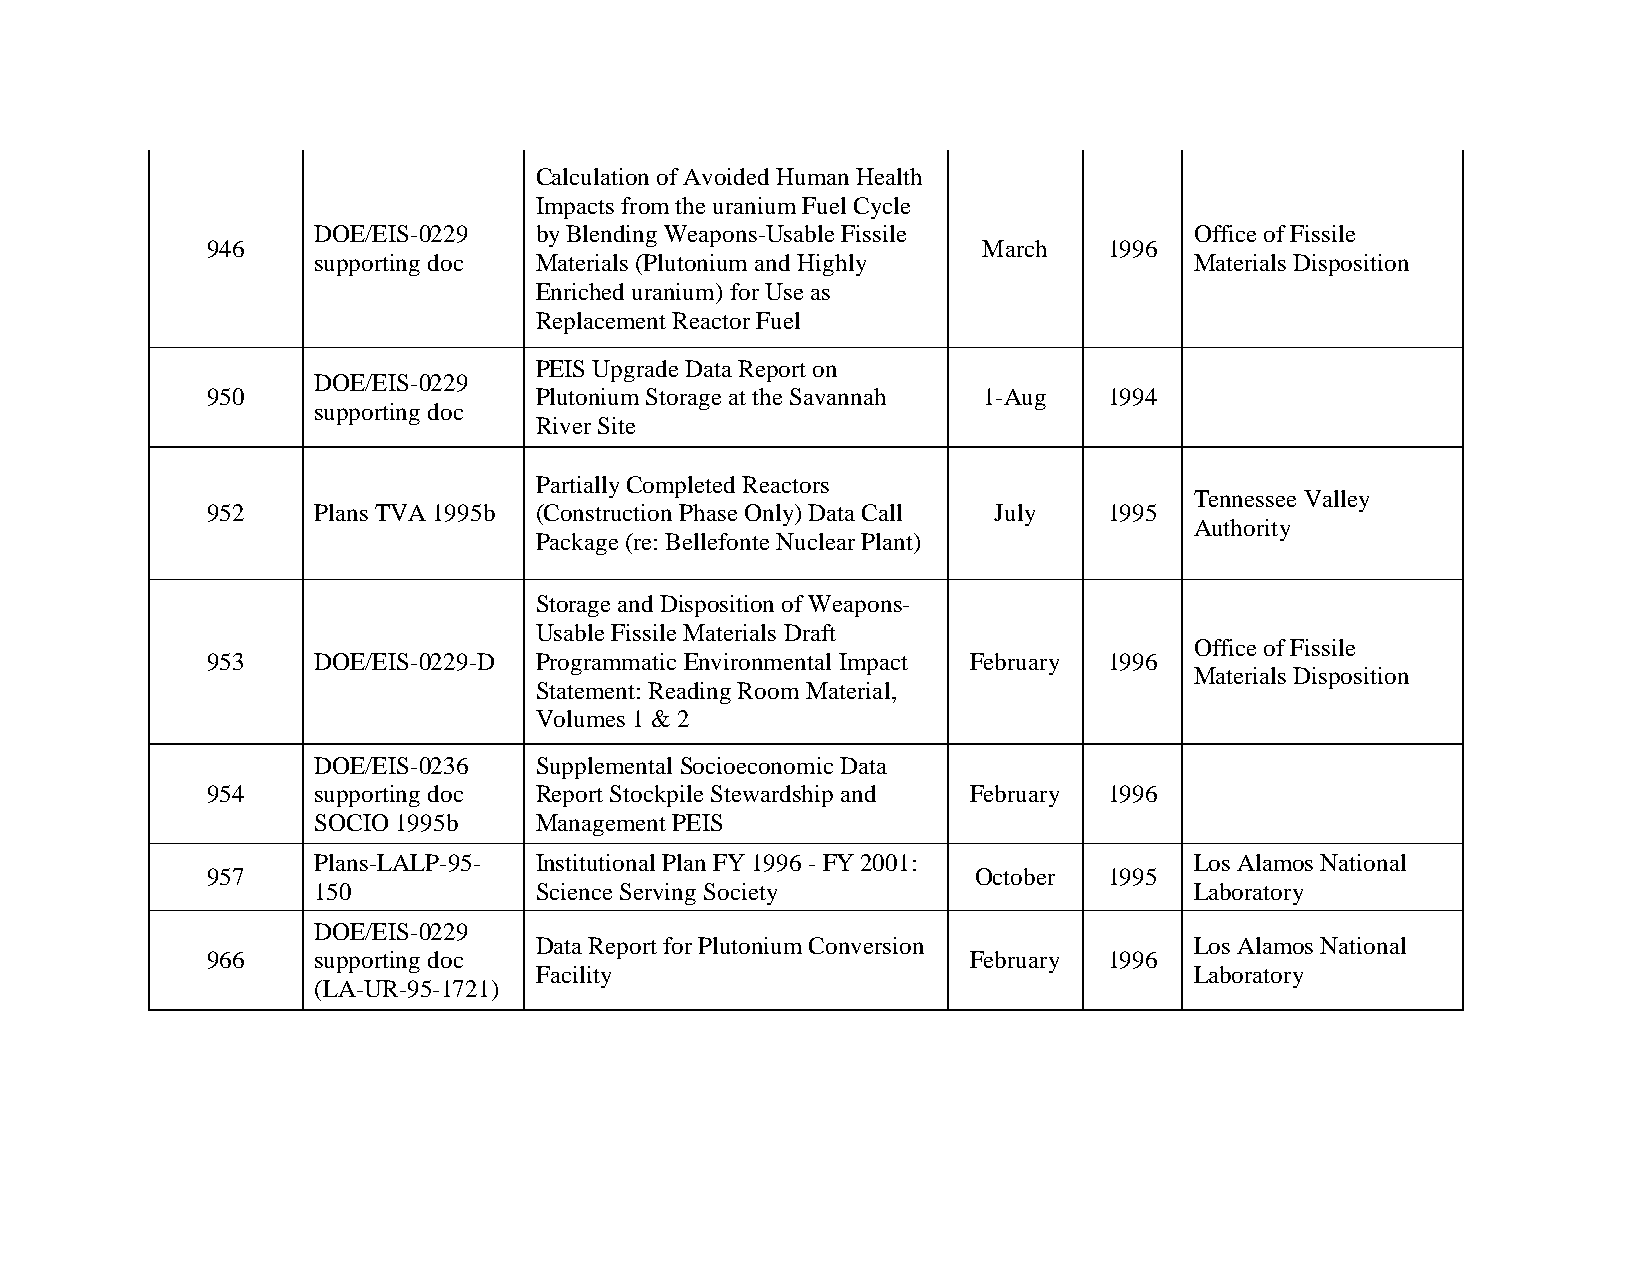
Calculation of Avoided Human Health
 Impacts from the uranium Fuel Cycle
 DOE/EIS-0229  by Blending Weapons-Usable Fissile          Office of Fissile
 946                                                March   1996
 supporting doc Materials (Plutonium and Highly            Materials Disposition
 Enriched uranium) for Use as
 Replacement Reactor Fuel
 PEIS Upgrade Data Report on
 DOE/EIS-0229
 950                  Plutonium Storage at the Savannah 1-Aug 1994
 supporting doc
 River Site
 Partially Completed Reactors
 Tennessee Valley
 952    Plans TVA 1995b (Construction Phase Only) Data Call July 1995
 Authority
 Package (re: Bellefonte Nuclear Plant)
 Storage and Disposition of Weapons-
 Usable Fissile Materials Draft
 Office of Fissile
 953    DOE/EIS-0229-D Programmatic Environmental Impact February 1996
 Materials Disposition
 Statement: Reading Room Material,
 Volumes 1 & 2
 DOE/EIS-0236  Supplemental Socioeconomic Data
 954    supporting doc Report Stockpile Stewardship and February 1996
 SOCIO 1995b   Management PEIS
 Plans-LALP-95- Institutional Plan FY 1996 - FY 2001:      Los Alamos National
 957                                               October  1995
 150           Science Serving Society                     Laboratory
 DOE/EIS-0229
 Data Report for Plutonium Conversion        Los Alamos National
 966    supporting doc                             February 1996
 Facility                                    Laboratory
 (LA-UR-95-1721)